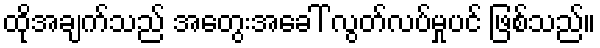
ထိုအချက်သည် အတွေးအခေါ် လွတ်လပ်မှုပင် ဖြစ်သည်။